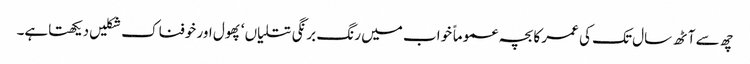
چھ سے آٹھ سال تک کی عمر کا بچہ عموماً خواب میں رنگ برنگی تتلیاں ‘ پھول اور خوفناک شکلیں دیکھتاہے۔